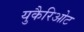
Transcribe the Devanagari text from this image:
युकैरिओट